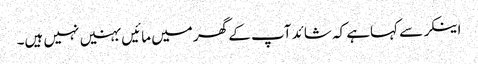
اینکر سے کہاہے کہ شائد آپ کے گھر میں مائیں بہنیں نہیں ہیں۔